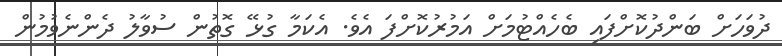
ދުވަހަށް ބަންދުކޮށްފައި ބެހެއްޓުމަށް އަމުރުކޮށްފަ އެވެ. އެކަމާ ގުޅޭ ގޮތުން ސުވާލު ދެންނެވުމުން